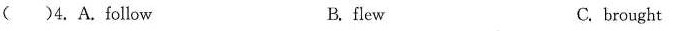
( )4.A.follow B.flew C. brought